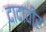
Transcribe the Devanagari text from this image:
दादावीर